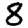
Digit: 8